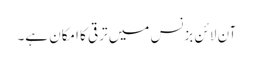
آن لائن بزنس میں ترقی کا امکان ہے۔